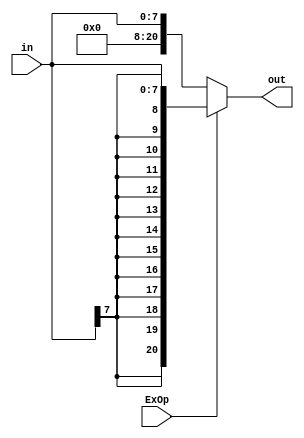
`timescale 1ns / 1ps

module extension #(parameter INSIZE = 8, OUTSIZE = 21) (
    input [INSIZE-1:0] in,
    input ExOp,
    output reg [OUTSIZE-1:0] out
    );
	 
	always @*
	if (ExOp)
	out = {{(OUTSIZE-INSIZE){in[INSIZE-1]}},in}; // sigend extension, take the las bir MSB and duplicate it
	else
	out = {{(OUTSIZE-INSIZE){1'b0}},in}; // zero ectension
   endmodule